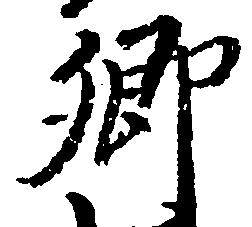
郷